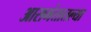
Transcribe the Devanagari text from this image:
आसमंतातल्या